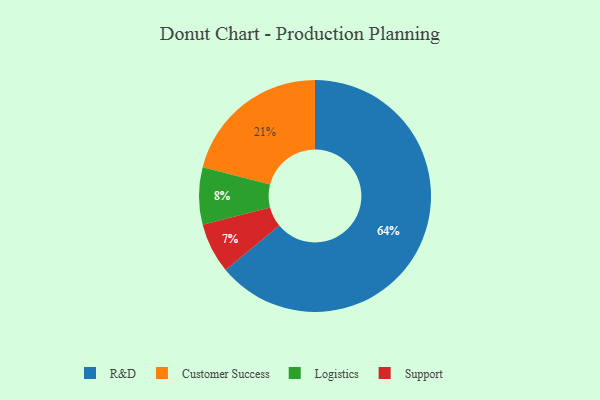
{"axis": {"x": "Category", "y": "Percentage"}, "legend": ["Customer Success", "Logistics", "R&D", "Support"], "data": [{"x": "Support", "y": 7, "type": "Support"}, {"x": "R&D", "y": 64, "type": "R&D"}, {"x": "Customer Success", "y": 21, "type": "Customer Success"}, {"x": "Logistics", "y": 8, "type": "Logistics"}]}